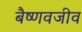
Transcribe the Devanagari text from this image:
बैष्णवजीव